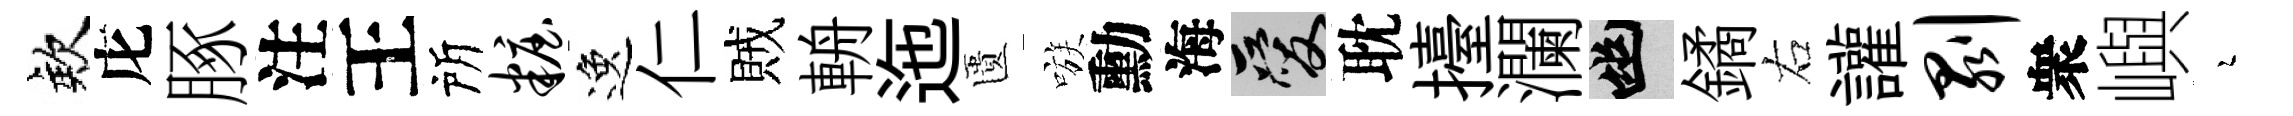
欸庀䐁注王所妆逸仁賊輈迤匱嗾勳海爱耽擡瀾幽鐍右讙剥衆嶼瑟